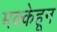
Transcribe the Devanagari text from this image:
मक्केहून